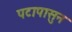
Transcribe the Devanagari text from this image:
पटापासुन